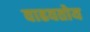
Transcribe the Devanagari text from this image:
वाढवतोय